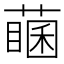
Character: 𦽖